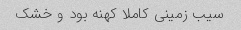
سیب زمینی کاملا کهنه بود و خشک